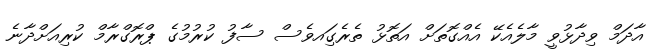
އާދަމް ވިދާޅުވީ މާލެއެކޭ އެއްގޮތަށް އަތޮޅު ތެރެގަިއވެސް ސާފު ކުރުމުގެ ޕްރޮގްރާމް ކުރިއަށްދާނެ